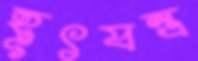
হূৎযন্ত্র